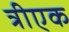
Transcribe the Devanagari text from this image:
त्रीएक